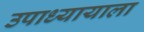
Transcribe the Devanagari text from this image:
उपाध्यायाला